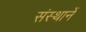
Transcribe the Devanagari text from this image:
संस्थानें